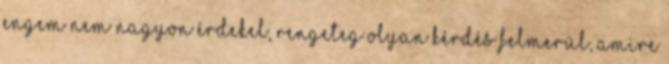
engem nem nagyon érdekel, rengeteg olyan kérdés felmerül, amire